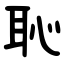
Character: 恥